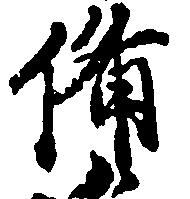
備